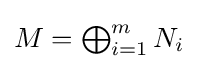
{\textstyle M=\bigoplus _{i=1}^{m}N_{i}}